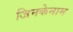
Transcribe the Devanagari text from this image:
जिनकेनाम